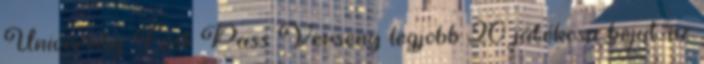
University Fast Pass Verseny legjobb 20 játékosa bejut az